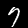
Label: 7